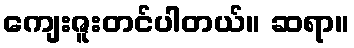
ကျေးဇူးတင်ပါတယ်။ ဆရာ။